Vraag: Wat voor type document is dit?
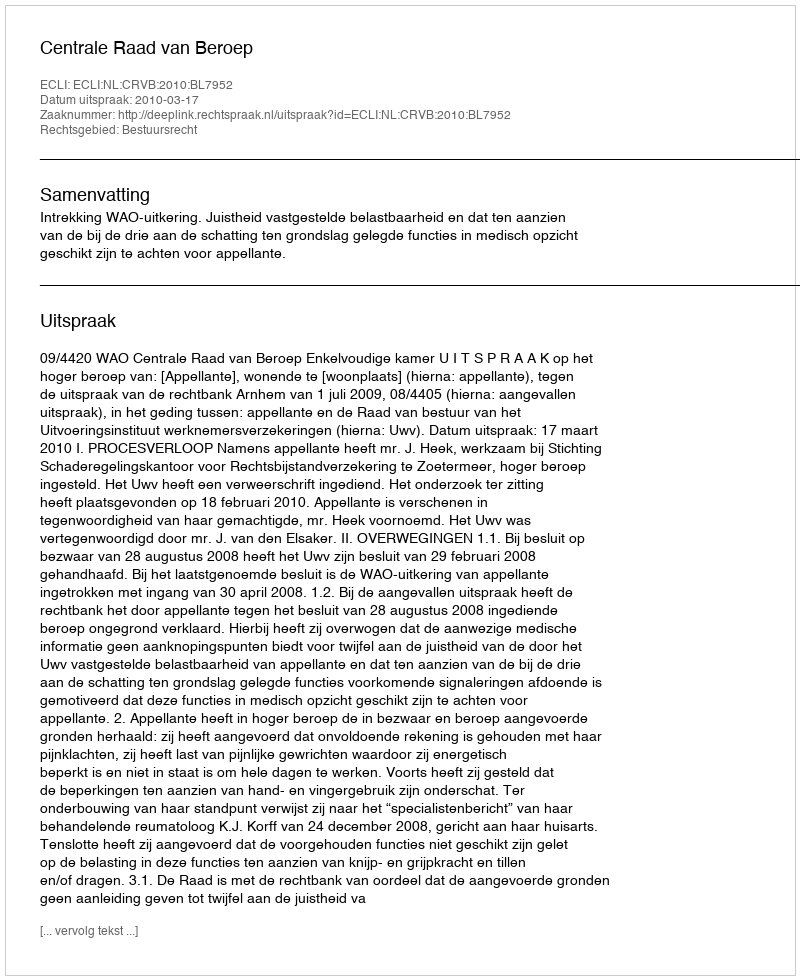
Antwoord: Uitspraak